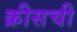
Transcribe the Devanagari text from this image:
क्रीसची